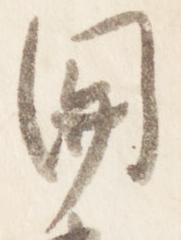
関